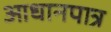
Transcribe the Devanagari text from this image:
आधानपात्र